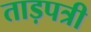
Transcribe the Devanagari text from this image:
ताड़पत्री